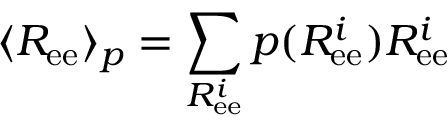
\langle R _ { \mathrm { e e } } \rangle _ { p } = \sum _ { R _ { \mathrm { e e } } ^ { i } } p ( R _ { \mathrm { e e } } ^ { i } ) R _ { \mathrm { e e } } ^ { i }